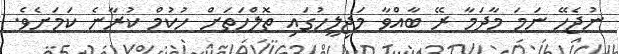
ނުޖެހޭ ނަމަ މާދަމާ ރޭ ބާއްވާ މަޖިލީހުގައި ތޮލްހަތަށް ހުކުމް ކުރާނެ ކަމަށެވެ.